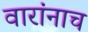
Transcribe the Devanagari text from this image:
वारांनाच